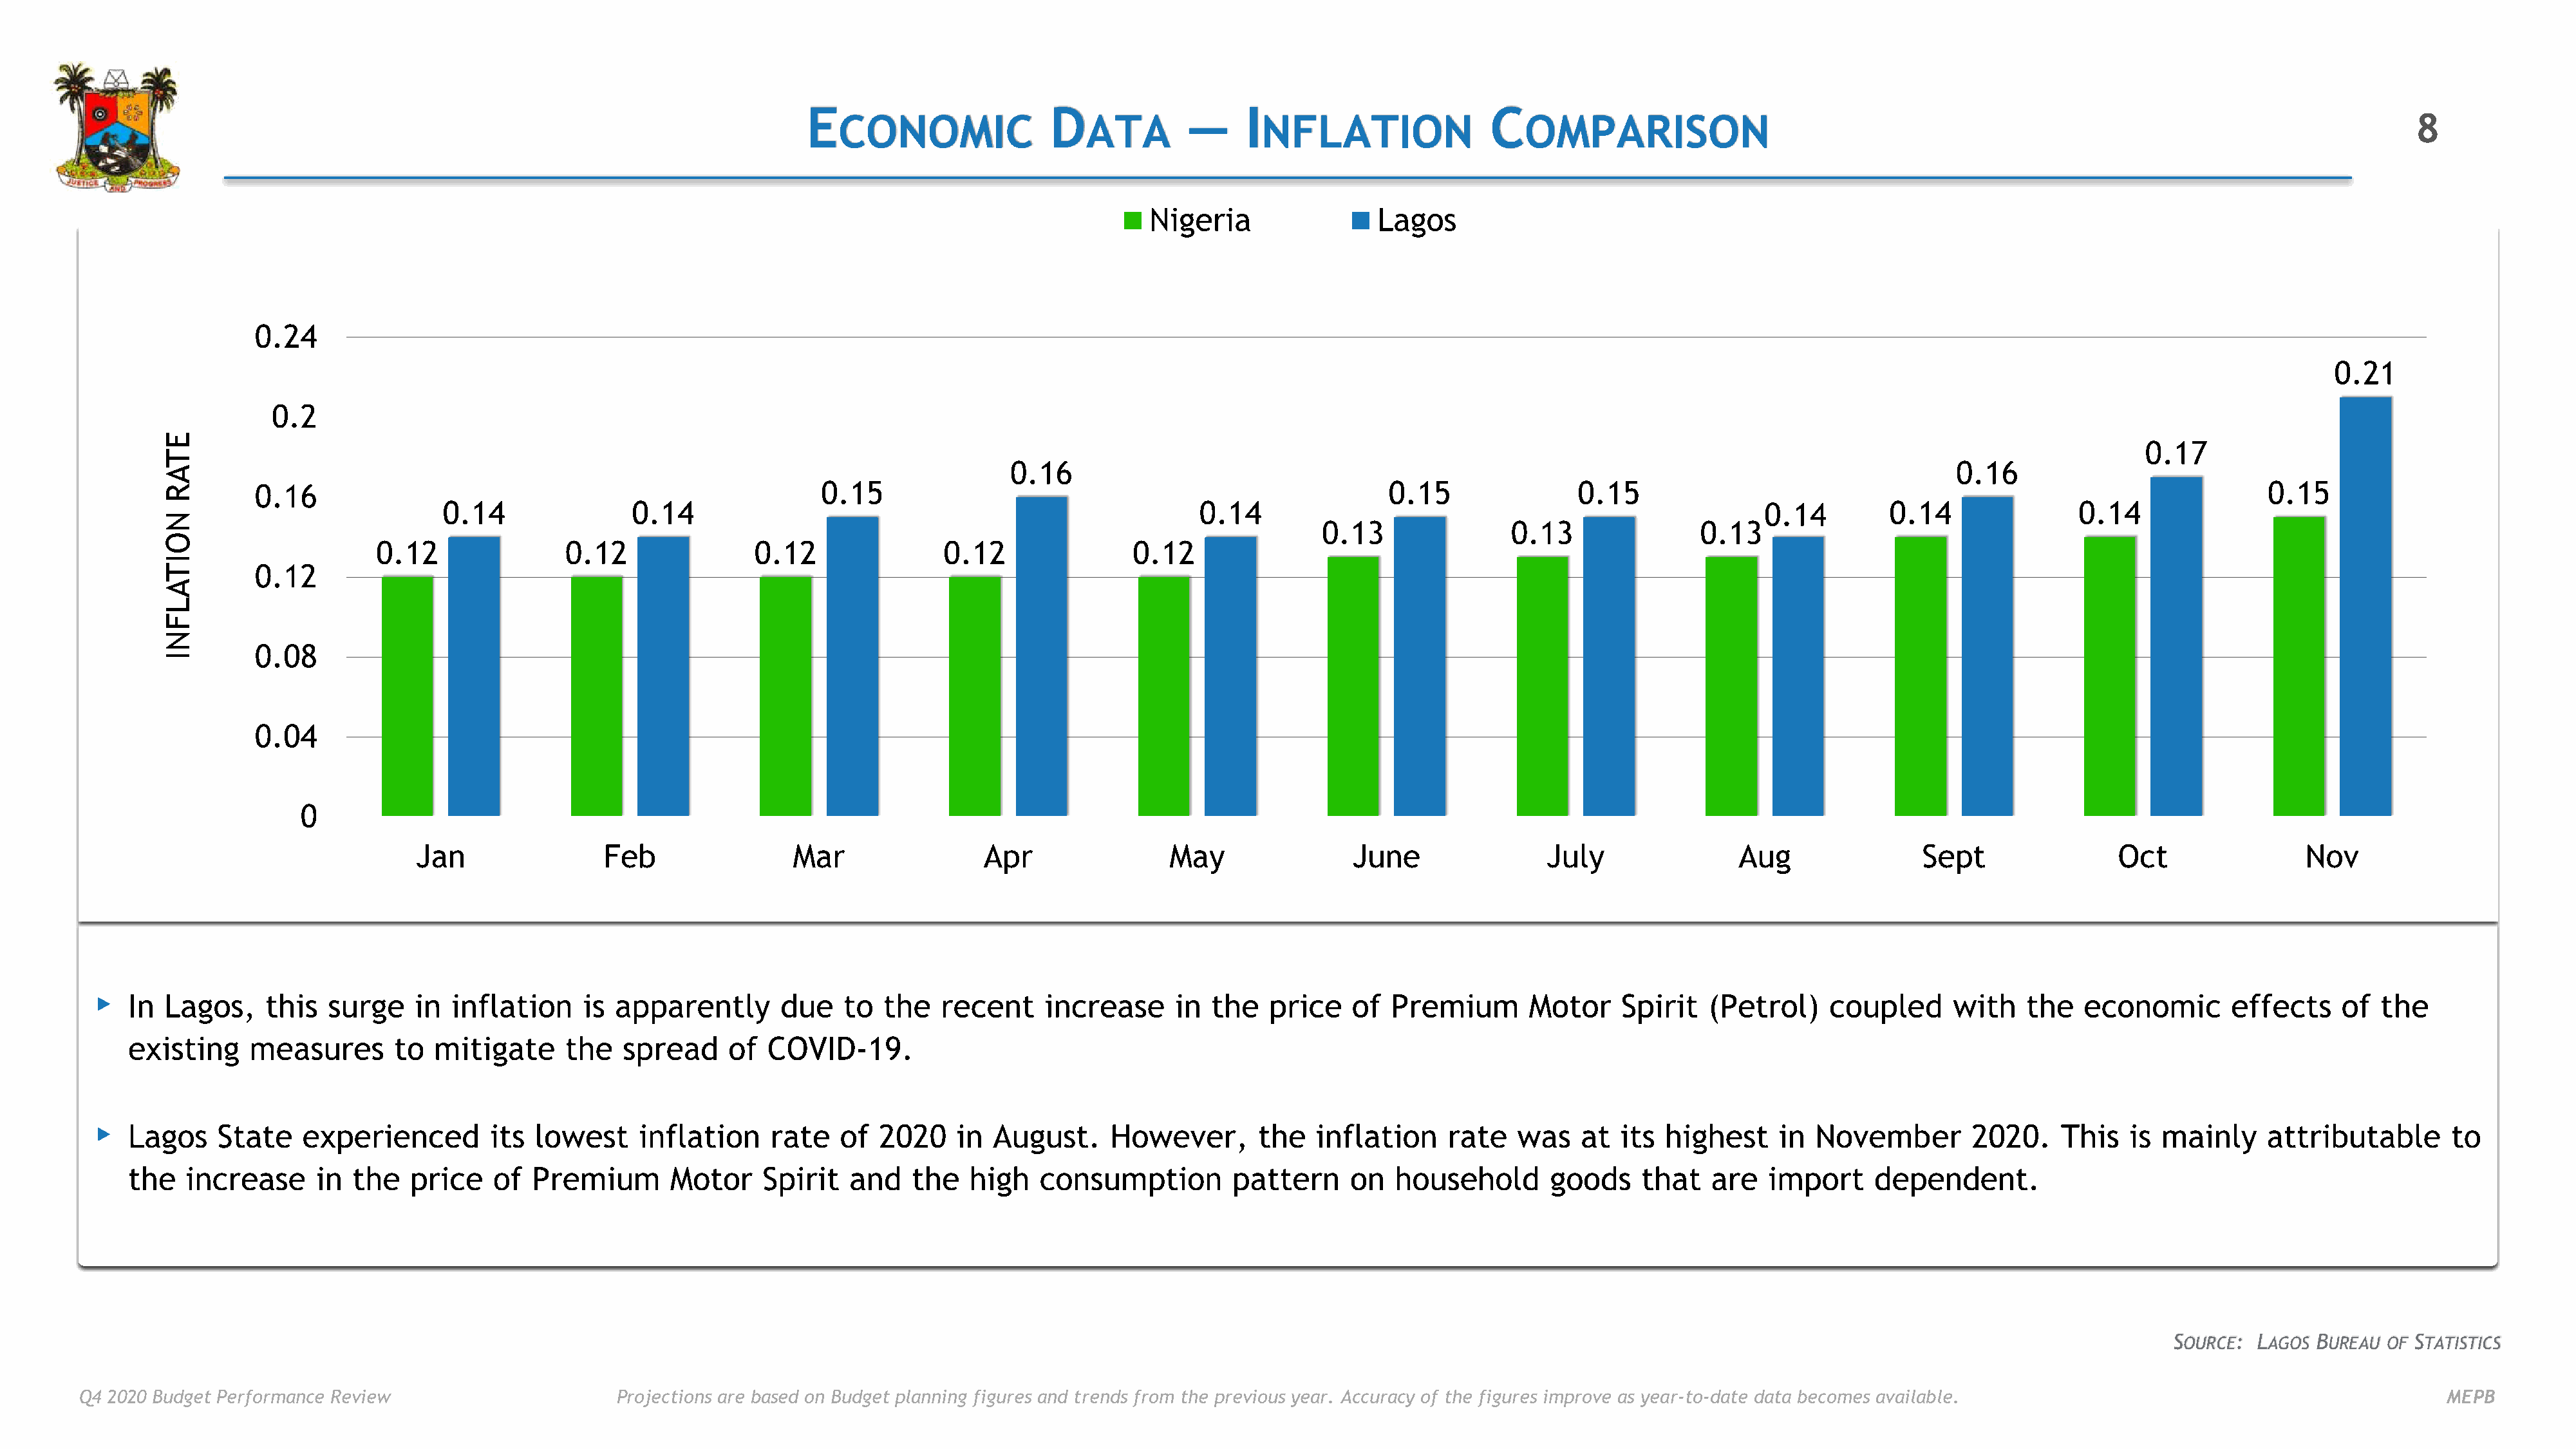
E                        D             —     I                        C
 CONOMIC                   ATA               NFLATION                   OMPARISON                                                                                  8
 Nigeria                 Lagos
 0.24
 0.21
 0.2
 E
 0.17
 T
 0.16                                                                                             0.16
 A
 R        0.16                                                      0.15                                                       0.15               0.15                                                                   0.15
 0.14               0.14                                                      0.14                                                      0.14         0.14                0.14
 N
 0.13               0.13                0.13
 O
 0.12               0.12                0.12               0.12               0.12
 I
 T        0.12
 A
 L
 F
 N
 0.08
 I
 0.04
 0
 Jan                Feb                 Mar                Apr                May                June                July                Aug                Sept                Oct                Nov
 ▸
 In  Lagos,    this   surge    in inflation     is apparently       due    to  the   recent    increase      in  the  price    of  Premium       Motor     Spirit   (Petrol)    coupled      with   the   economic       effects     of  the
 existing     measures       to  mitigate     the   spread     of  COVID-19.
 ▸
 Lagos    State    experienced        its  lowest     inflation    rate   of  2020    in  August.     However,       the   inflation     rate   was    at  its highest     in  November        2020.    This   is mainly     attributable       to
 the   increase     in  the   price    of  Premium       Motor    Spirit   and    the   high   consumption         pattern     on  household       goods     that   are   import     dependent.
 SOURCE:  LAGOS BUREAU OF STATISTICS
 Q4 2020 Budget Performance Review                      Projections are based on Budget planning figures and trends from the previous year. Accuracy of the figures improve as year-to-date data becomes available.                                  MEPB